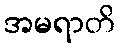
အမရာတိ